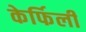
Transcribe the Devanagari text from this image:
केर्फिली